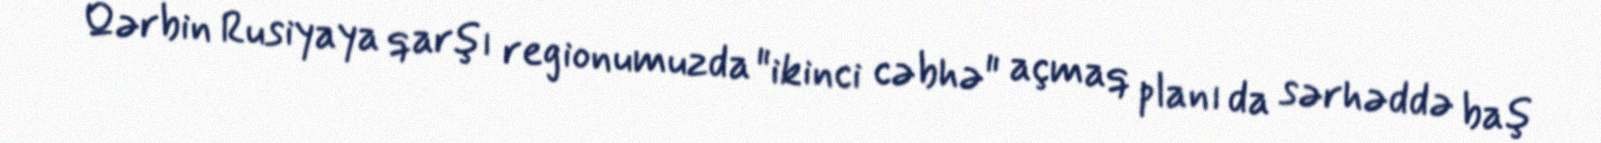
Qərbin Rusiyaya qarşı regionumuzda "ikinci cəbhə" açmaq planı da sərhəddə baş